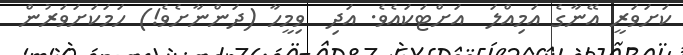
ކަށަވަރީ އޭނާގެ އަމިއްލަ  އަށްޓަކައެވެ. އަދި  ވިމީހާ (ދަންނާށެވެ!) ހަމަކަށަވަރުން